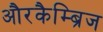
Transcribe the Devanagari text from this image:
औरकैम्ब्रिज